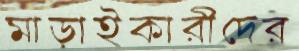
মাড়াইকারীদের